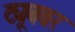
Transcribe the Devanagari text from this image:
ट्यूबवर